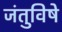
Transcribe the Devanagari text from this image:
जंतुविषे